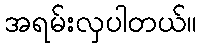
အရမ်းလှပါတယ်။